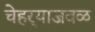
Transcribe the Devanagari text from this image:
चेहर्‍याजवळ